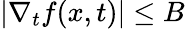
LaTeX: |\nabla_{t}f(x,t)|\leq B